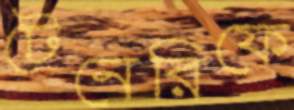
টেনেরিফে